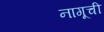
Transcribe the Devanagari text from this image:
नागूची